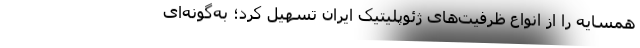
همسایه را از انواع ظرفیت‌های ژئوپلیتیک ایران تسهیل کرد؛ به‌گونه‌ای